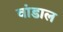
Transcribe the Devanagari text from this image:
वांडाल